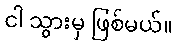
ငါ သွားမှ ဖြစ်မယ်။